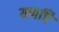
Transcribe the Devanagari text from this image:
यणचि